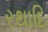
રથાદિ